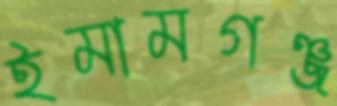
ইমামগঞ্জ